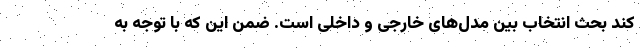
کند بحث انتخاب بین مدل‌های خارجی و داخلی است. ضمن این که با توجه به